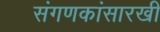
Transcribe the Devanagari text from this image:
संगणकांसारखी